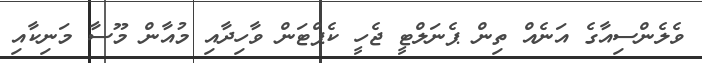
ވެލެންސިއާގެ އަނެއް ތިން ޕެނަލްޓީ ޖެހީ ކެޕްޓަން ވާހިދާއި މުއާން މޫސާ މަނިކާއި